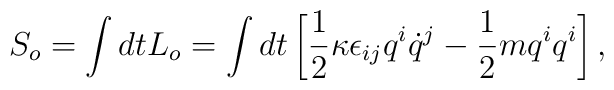
S_o =  \int dt L_o =      \int dt \left[ \frac{1}{2} {\kappa} \epsilon_{ij} q^i \dot{q}^j      - \frac{1}{2} m q^i q^i \right],